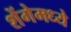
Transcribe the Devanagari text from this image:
शेंगेमध्ये